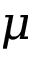
\mu